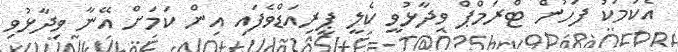
އެކަމަކު ފަހުން ޓްރަމްޕް ވިދާޅުވީ ކެލީ ޕީރިއަޑްވެފައި އިން ކަމަށް އޭނާ ވިދާޅުވި